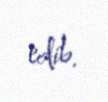
edib.